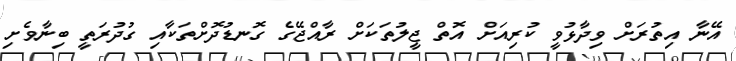
އޭނާ އިތުރަށް ވިދާޅުވީ ކުރިއަށް އޮތް ޖީލުތަކަށް ރާއްޖޭގެ ގޮނޑުދޮށްތަކާއި ގުދުރަތީ ބިނާވެށި